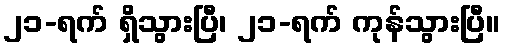
၂၁-ရက် ရှိသွားပြီ၊ ၂၁-ရက် ကုန်သွားပြီ။